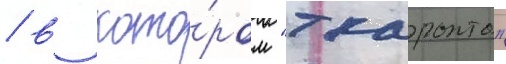
/ в кото́ром "ткаронто"